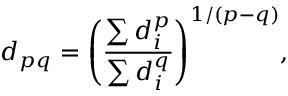
{ { d } _ { p q } } = { { \left( \frac { \sum { d _ { i } ^ { p } } } { \sum { d _ { i } ^ { q } } } \right) } ^ { 1 / \left( p - q \right) } } ,